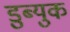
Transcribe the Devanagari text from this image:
डुब्युक